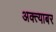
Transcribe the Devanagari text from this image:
अक्त्याबर